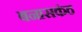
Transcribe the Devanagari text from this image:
बनासकंठ